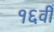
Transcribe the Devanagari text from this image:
१६वीँ